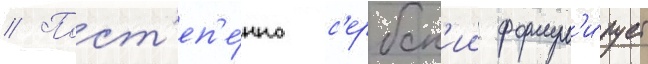
// Пост'еп'е́нно с'ербск'ии формул'и́рует